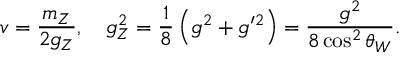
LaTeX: v = \frac { m _ { Z } } { 2 g _ { Z } } , \quad g _ { Z } ^ { 2 } = \frac { 1 } { 8 } \left( g ^ { 2 } + g ^ { \prime 2 } \right) = \frac { g ^ { 2 } } { 8 \cos ^ { 2 } \theta _ { W } } .